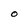
Character: O